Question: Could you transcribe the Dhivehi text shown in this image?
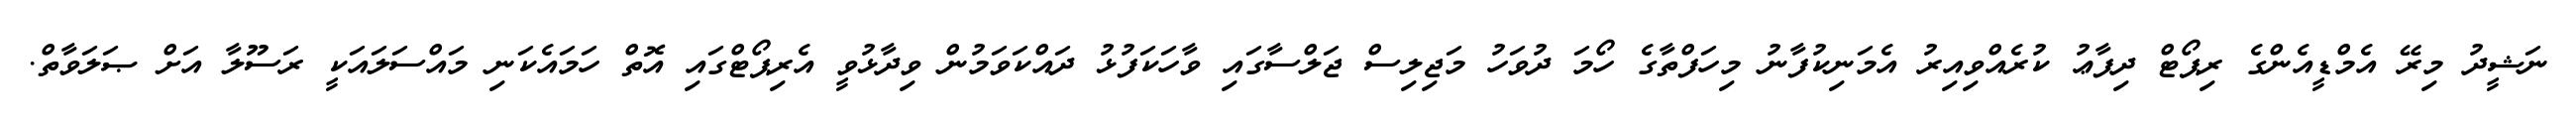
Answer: ނަޝީދު މިރޭ އެމްޑީއެންގެ ރިޕޯޓް ދިފާޢު ކުރެއްވިއިރު އެމަނިކުފާނު މިހަފްތާގެ ހޯމަ ދުވަހު މަޖިލިސް ޖަލްސާގައި ވާހަކަފުޅު ދައްކަވަމުން ވިދާޅުވީ އެރިޕޯޓްގައި އޮތް ހަމައެކަނި މައްސަލައަކީ ރަސޫލާ އަށް ޞަލަވާތް.